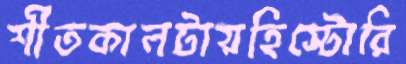
শীতকালটায়হিস্টোরি